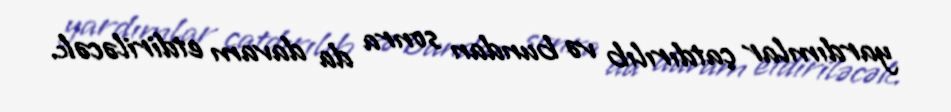
yardımlar çatdırılıb və bundan sonra da davam etdiriləcək.